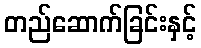
တည်ဆောက်ခြင်းနှင့်